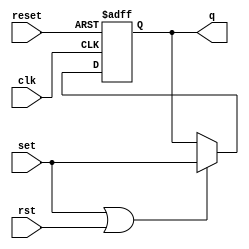
// *!***************************************************************************
// *! Copyright 2019 International Business Machines
// *!
// *! Licensed under the Apache License, Version 2.0 (the "License");
// *! you may not use this file except in compliance with the License.
// *! You may obtain a copy of the License at
// *! http://www.apache.org/licenses/LICENSE-2.0 
// *!
// *! The patent license granted to you in Section 3 of the License, as applied
// *! to the "Work," hereby includes implementations of the Work in physical form. 
// *!
// *! Unless required by applicable law or agreed to in writing, the reference design
// *! distributed under the License is distributed on an "AS IS" BASIS,
// *! WITHOUT WARRANTIES OR CONDITIONS OF ANY KIND, either express or implied.
// *! See the License for the specific language governing permissions and
// *! limitations under the License.
// *!***************************************************************************
module base_vlat_sr#(parameter width=1)
  (
   input 	      clk,
   input [0:width-1]  set,
   input [0:width-1]  rst,
   input 	      reset,
   output [0:width-1] q
   );

   
   reg [0:width-1]    q_int;
   initial q_int = 0;

   genvar 	      i;
   generate
      for(i=0; i< width; i=i+1)
	begin : u0
	   always@(posedge clk or posedge reset) 
	     if (reset) q_int[i] <= 1'b0;
	     else if (set[i] | rst[i]) q_int[i] <= set[i];
	end
   endgenerate
   assign q = q_int;
endmodule // base_vlat_sr